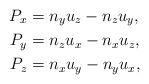
LaTeX: \begin{align*} P_x &= n_y u_z - n_z u_y, \\ P_y &= n_z u_x - n_x u_z, \\ P_z &= n_x u_y - n_y u_x,\end{align*}